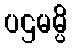
ပဌမမ္ပိ